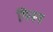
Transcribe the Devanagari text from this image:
गिनन